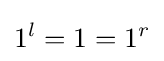
1^{l}=1=1^{r}